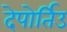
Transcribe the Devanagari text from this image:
देपोर्तिउ